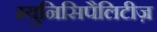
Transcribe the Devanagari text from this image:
म्युनिसिपैलिटीज़